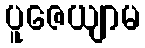
ပူဇေယျာမ